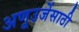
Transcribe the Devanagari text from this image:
अणूउर्जेसाठी